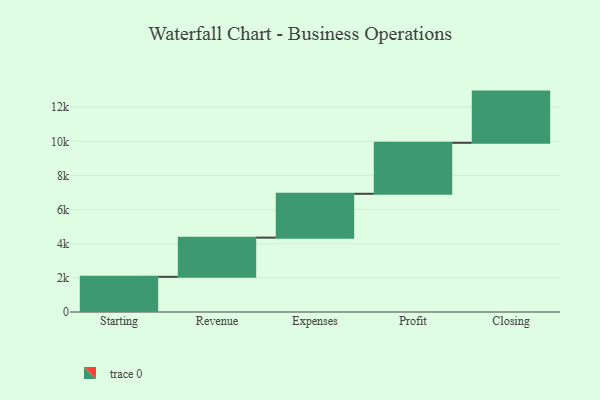
{"axis": {"x": "Step", "y": "Value"}, "legend": [""], "data": [{"x": "Starting", "y": 2062.0, "type": ""}, {"x": "Revenue", "y": 2296.0, "type": ""}, {"x": "Expenses", "y": 2569.0, "type": ""}, {"x": "Profit", "y": 2988.0, "type": ""}, {"x": "Closing", "y": 3000, "type": ""}]}